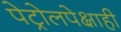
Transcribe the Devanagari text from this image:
पेट्रोलपेक्षाही